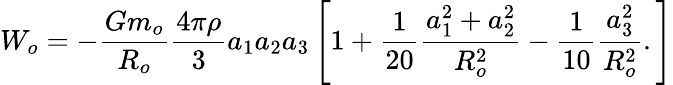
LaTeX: W_{o}=-\frac{Gm_{o}}{R_{o}}\frac{4\pi\rho}{3}a_{1}a_{2}a_{3}\left[1+\frac{1}{20}\frac{a_{1}^{2}+a_{2}^{2}}{R_{o}^{2}}-\frac{1}{10}\frac{a_{3}^{2}}{R_{o}^{2}}.\right]